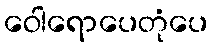
ဝေါရောပေတုံပေ